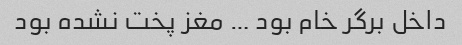
داخل برگر خام بود … مغز پخت نشده بود